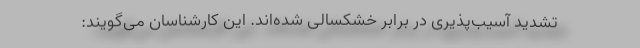
تشدید آسیب‌پذیری در برابر خشکسالی شده‌اند. این کارشناسان می‌گویند: